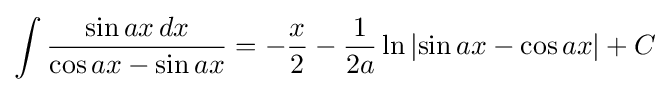
\int {\frac {\sin ax\,dx}{\cos ax-\sin ax}}=-{\frac {x}{2}}-{\frac {1}{2a}}\ln \left|\sin ax-\cos ax\right|+C